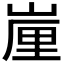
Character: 𡺉